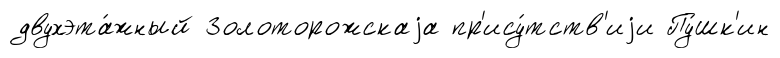
двухэта́жный Золоторожскаjа пр'ису́тств'иjи Пу́шк'ин